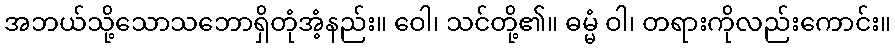
အဘယ်သို့သောသဘောရှိတုံအံ့နည်း။ ဝေါ၊ သင်တို့၏။ ဓမ္မံ ဝါ၊ တရားကိုလည်းကောင်း။